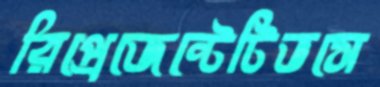
রিপ্রেজেন্টেটিভসে